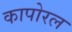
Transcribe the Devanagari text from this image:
कापोरल